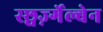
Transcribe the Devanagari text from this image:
स्छ्वर्ज़्गेल्बेन